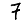
Digit: 7